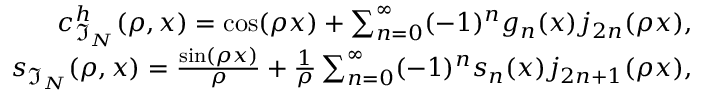
\begin{array} { r } { c _ { \mathfrak { I } _ { N } } ^ { h } ( \rho , x ) = \cos ( \rho x ) + \sum _ { n = 0 } ^ { \infty } ( - 1 ) ^ { n } g _ { n } ( x ) j _ { 2 n } ( \rho x ) , } \\ { s _ { \mathfrak { I } _ { N } } ( \rho , x ) = \frac { \sin ( \rho x ) } { \rho } + \frac { 1 } { \rho } \sum _ { n = 0 } ^ { \infty } ( - 1 ) ^ { n } s _ { n } ( x ) j _ { 2 n + 1 } ( \rho x ) , } \end{array}